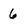
Character: 6